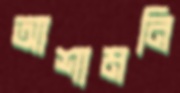
আশামনি